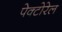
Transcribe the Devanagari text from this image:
पेक्टोरेल